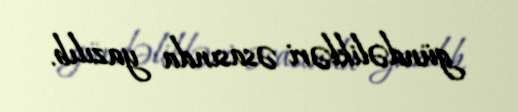
gündəlikləri əsasında yazılıb.